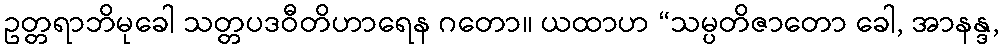
ဥတ္တရာဘိမုခေါ သတ္တပဒဝီတိဟာရေန ဂတော။ ယထာဟ “သမ္ပတိဇာတော ခေါ, အာနန္ဒ,